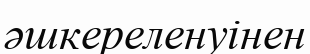
әшкереленуінен